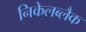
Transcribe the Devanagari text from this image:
निकेलब्लैक